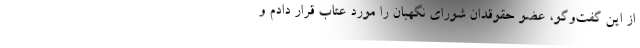
از این گفت‌و‌گو، عضو حقوقدان شورای نگهبان را مورد عتاب قرار دادم و